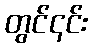
တွင်၎င်း